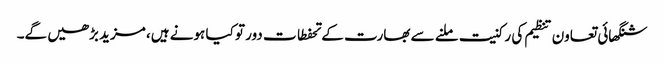
شنگھائی تعاون تنظیم کی رکنیت ملنے سے بھارت کے تحفطات دور تو کیا ہونے ہیں، مزید بڑھیں گے۔